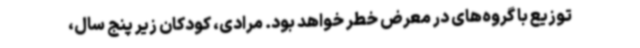
توزیع با گروه‌های در معرض خطر خواهد بود. مرادی، کودکان زیر پنج سال،